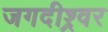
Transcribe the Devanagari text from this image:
जगदीश्र्वर